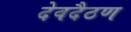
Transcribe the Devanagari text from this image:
देवदैठण